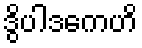
ဒွိပါဒကေဟိ